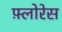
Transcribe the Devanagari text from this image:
फ़्लोरेस